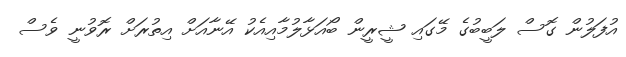
އުފަލުން ގޮސް ލަބީބުގެ މޭގައި ޝީރީން ބޯއަޅާލުމާއިއެކު އޭނާއަށް އިތުރަށް ރޮވުނީ ވެސް